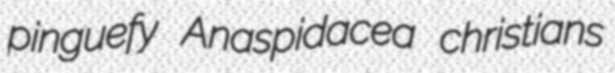
pinguefy Anaspidacea christians